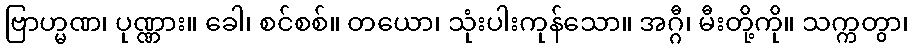
ဗြာဟ္မဏ၊ ပုဏ္ဏား။ ခေါ၊ စင်စစ်။ တယော၊ သုံးပါးကုန်သော။ အဂ္ဂီ၊ မီးတို့ကို။ သက္ကတွာ၊